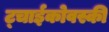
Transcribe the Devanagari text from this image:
ट्चाईकोवस्की